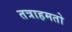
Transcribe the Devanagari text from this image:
तत्राहमतो